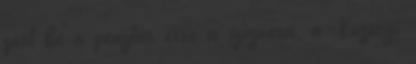
zárt be a pénztár erre a szezonra, a Községi